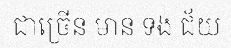
ជាច្រើន មាន ទង់ ជ័យ